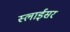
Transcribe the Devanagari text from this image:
स्‍लाईसर